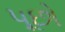
પૂછો